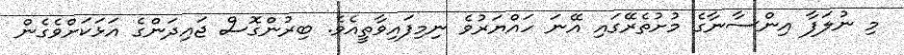
މި ނުލަފާ އިންސާނާގެ މުށުތެރޭގައި އޭނަ ހައްޔަރުވެ ނިމިފައިވާތީއެވެ. ބިރުންގޮސް ޖައިދަންގެ އަޅަކަށްވެގެން